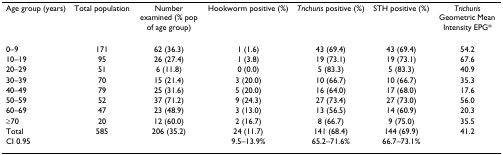
<table><thead><tr><td><b>Age group (years)</b></td><td><b>Total population</b></td><td><b>Number examined (% pop of age group)</b></td><td><b>Hookworm positive (%)</b></td><td><b><i>Trichuris </i>positive (%)</b></td><td><b>STH positive (%)</b></td><td><b><i>Trichuris </i>Geometric Mean Intensity EPG*</b></td></tr></thead><tbody><tr><td>0–9</td><td>171</td><td>62 (36.3)</td><td>1 (1.6)</td><td>43 (69.4)</td><td>43 (69.4)</td><td>54.2</td></tr><tr><td>10–19</td><td>95</td><td>26 (27.4)</td><td>1 (3.8)</td><td>19 (73.1)</td><td>19 (73.1)</td><td>67.6</td></tr><tr><td>20–29</td><td>51</td><td>6 (11.8)</td><td>0 (0.0)</td><td>5 (83.3)</td><td>5 (83.3)</td><td>40.9</td></tr><tr><td>30–39</td><td>70</td><td>15 (21.4)</td><td>3 (20.0)</td><td>10 (66.7)</td><td>10 (66.7)</td><td>35.3</td></tr><tr><td>40–49</td><td>79</td><td>25 (31.6)</td><td>5 (20.0)</td><td>16 (64.0)</td><td>17 (68.0)</td><td>17.6</td></tr><tr><td>50–59</td><td>52</td><td>37 (71.2)</td><td>9 (24.3)</td><td>27 (73.4)</td><td>27 (73.0)</td><td>56.0</td></tr><tr><td>60–69</td><td>47</td><td>23 (48.9)</td><td>3 (13.0)</td><td>13 (56.5)</td><td>14 (60.9)</td><td>20.3</td></tr><tr><td>≥70</td><td>20</td><td>12 (60.0)</td><td>2 (16.7)</td><td>8 (66.7)</td><td>9 (75.0)</td><td>35.5</td></tr><tr><td>Total</td><td>585</td><td>206 (35.2)</td><td>24 (11.7)</td><td>141 (68.4)</td><td>144 (69.9)</td><td>41.2</td></tr><tr><td>CI 0.95</td><td></td><td></td><td>9.5–13.9%</td><td>65.2–71.6%</td><td>66.7–73.1%</td><td></td></tr></tbody></table>